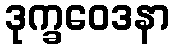
ဒုက္ခဝေဒနာ